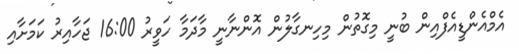
އެމްއެންޑީއެފްއިން ބުނީ މިގޮތުން މިހިނގާލުން އޮންނާނީ މާދަމާ ހަވީރު 16:00 ޖަހާއިރު ކަމަށާއި